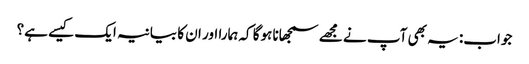
جواب: یہ بھی آپ نے مجھے سمجھانا ہوگا کہ ہمارا اور ان کا بیانیہ ایک کیسے ہے؟